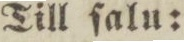
Till ſalu: